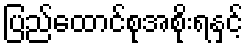
ပြည်ထောင်စုအစိုးရနှင့်